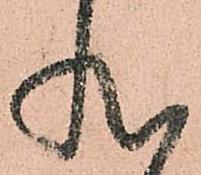
状